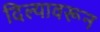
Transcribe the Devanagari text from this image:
दिल्यावरून